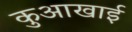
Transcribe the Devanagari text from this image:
कुआखाई